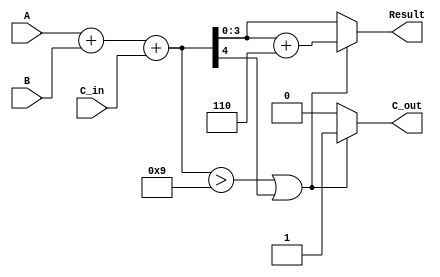
module BCD_Parallel_Adder (
    input [3:0] A,        // First BCD digit
    input [3:0] B,        // Second BCD digit
    input C_in,           // Carry input
    output reg [3:0] Result, // BCD result
    output reg C_out      // Carry output
);

    wire [4:0] sum;       // 5-bit sum to accommodate carry
    wire correction_needed; // Flag to indicate if correction is needed

    // Binary addition of A, B and carry input
    assign sum = A + B + C_in;

    // Check if correction is needed (sum > 9 or carry out)
    assign correction_needed = (sum > 9) || (sum[4] == 1);

    always @(*) begin
        if (correction_needed) begin
            // Apply correction by adding 6 (0110)
            Result = sum[3:0] + 4'b0110;
            C_out = 1; // Set carry out
        end else begin
            Result = sum[3:0]; // No correction needed
            C_out = 0; // No carry out
        end
    end

endmodule